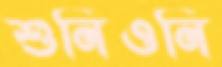
শুনিওনি